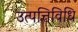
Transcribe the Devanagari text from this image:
उत्पत्तिविधि